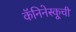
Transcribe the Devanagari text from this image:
कॅनिनेस्कूची